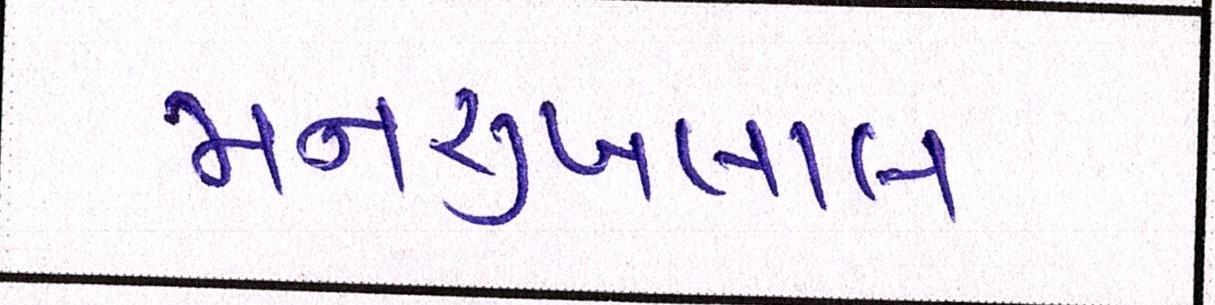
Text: મનસુખલાલ